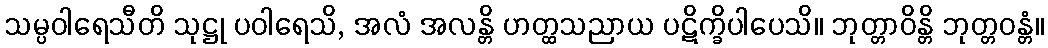
သမ္ပဝါရေသီတိ သုဋ္ဌု ပဝါရေသိ, အလံ အလန္တိ ဟတ္ထသညာယ ပဋိက္ခိပါပေသိ။ ဘုတ္တာဝိန္တိ ဘုတ္တဝန္တံ။